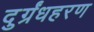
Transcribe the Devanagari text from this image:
दुर्ग्रंधहरण